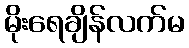
မိုးရေချိန်လက်မ